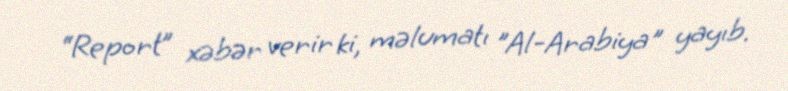
“Report” xəbər verir ki, məlumatı "Al-Arabiya" yayıb.